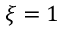
\xi = 1